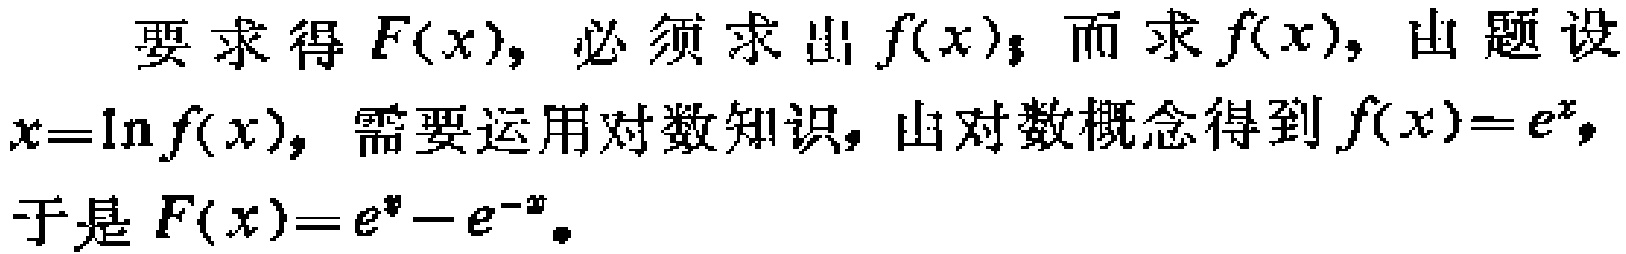
要求得 \(F(x)\)，必须求出 \(f(x)\)；而求 \(f(x)\)，由题设\(x = \ln f(x)\)，需要运用对数知识，由对数概念得到 \(f(x)=e^{x}\)，于是 \(F(x)=e^{x}-e^{-x}\)。